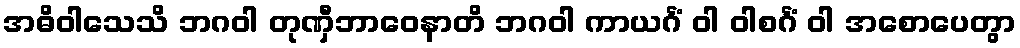
အဓိဝါသေသိ ဘဂဝါ တုဏှီဘာဝေနာတိ ဘဂဝါ ကာယင်္ဂံ ဝါ ဝါစင်္ဂံ ဝါ အစောပေတွာ